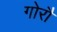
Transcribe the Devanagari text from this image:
गोरौ